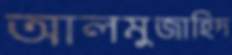
আলমুজাহিদ